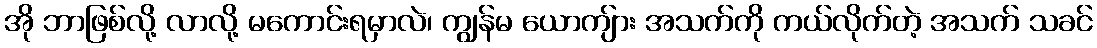
အို ဘာဖြစ်လို့ လာလို့ မကောင်းရမှာလဲ၊ ကျွန်မ ယောကျ်ား အသက်ကို ကယ်လိုက်တဲ့ အသက် သခင်